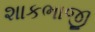
શાકભાજી